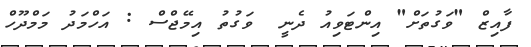
ފާއިޒް "ވަގުތަށް" އިންޓަވިއު ދެނީ  ވަގުތު އިމޭޖްސް : އަހްމަދު މަމްދޫހް